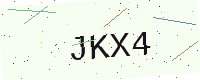
Text: JKX4